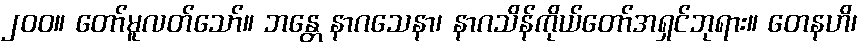
၂၀၀။ တော်မူလတ်သော်။ ဘန္တေ နာဂသေနာ၊ နာဂသိန်ကိုယ်တော်အရှင်ဘုရား။ တေနဟိ၊